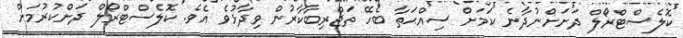
ކޮލެސްޓްރޯލް ދަށަށްނުދާނެ ކަމަށް ސިއްޙަތާ ބެހޭ ތަޖްރިބާކާރުން ވިދާޅުވެ އެވެ. ކޮލެސްޓްރޯލް ދަށްކުރުމަށް